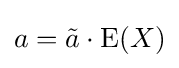
a={\tilde {a}}\cdot \operatorname {E} (X)